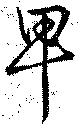
卑